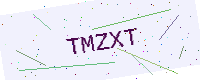
Text: TMZXT